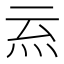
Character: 𭴉